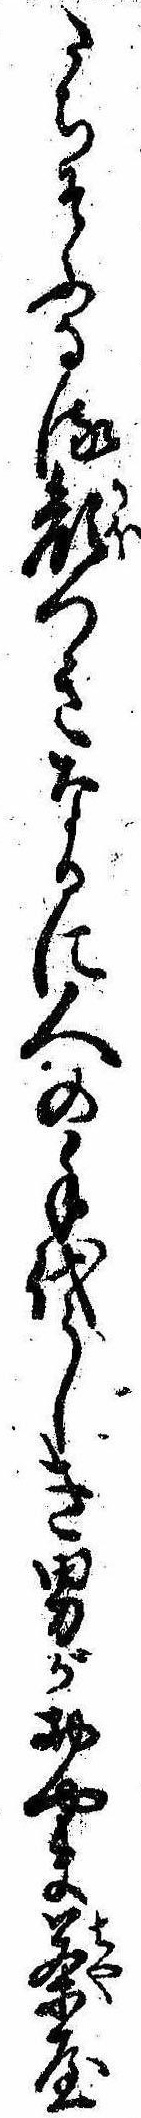
たちそふなる顔つきなるに人の手代らしき男がおやま茶屋